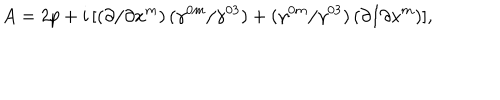
A = 2 p + i \, [ ( \partial / \partial x ^ { m } ) \, ( \gamma ^ { 0 m } / \gamma ^ { 0 3 } ) + ( \gamma ^ { 0 m } / \gamma ^ { 0 3 } ) \, ( \partial / \partial x ^ { m } ) ] ,